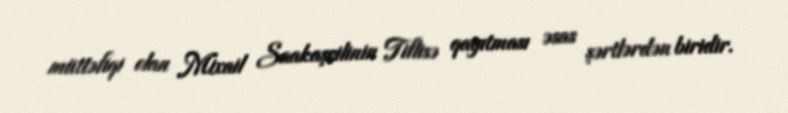
müttəfiqi olan Mixail Saakaşvilinin Tiflisə qayıtması əsas şərtlərdən biridir.